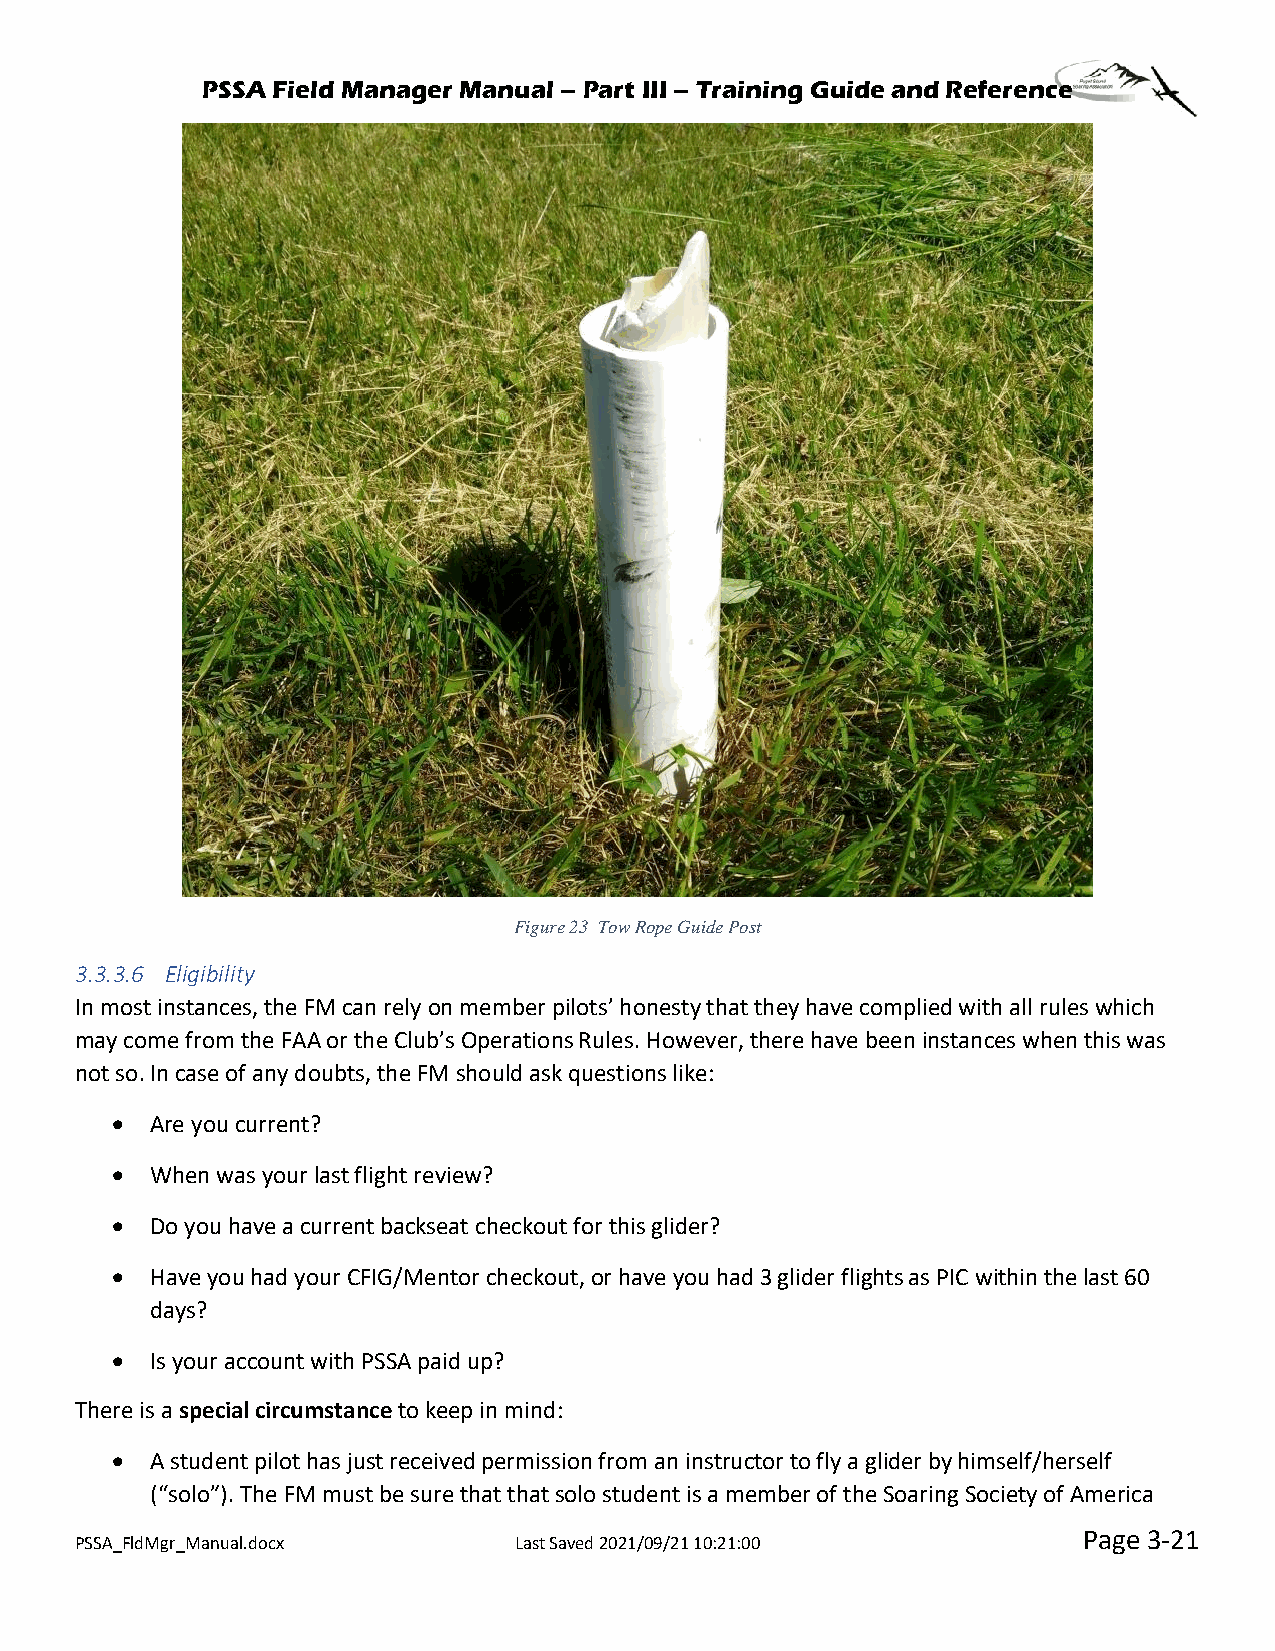
PSSA Field Manager Manual – Part III – Training Guide and Reference
 Figure 23 Tow Rope Guide Post
 3.3.3.6 Eligibility
 In most instances, the FM can rely on member pilots’ honesty that they have complied with all rules which
 may come from the FAA or the Club’s Operations Rules. However, there have been instances when this was
 not so. In case of any doubts, the FM should ask questions like:
 •  Are you current?
 •  When was your last flight review?
 •  Do you have a current backseat checkout for this glider?
 •  Have you had your CFIG/Mentor checkout, or have you had 3 glider flights as PIC within the last 60
 days?
 •  Is your account with PSSA paid up?
 There is a special circumstance to keep in mind:
 •  A student pilot has just received permission from an instructor to fly a glider by himself/herself
 (“solo”). The FM must be sure that that solo student is a member of the Soaring Society of America
 Page 3-21
 PSSA_FldMgr_Manual.docx      Last Saved 2021/09/21 10:21:00